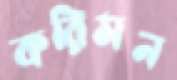
করিমন